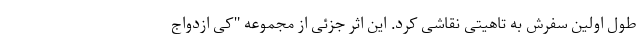
طول اولین سفرش به تاهیتی نقاشی کرد. این اثر جزئی از مجموعه "کی ازدواج